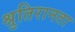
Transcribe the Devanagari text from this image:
श्रुतिरानता